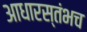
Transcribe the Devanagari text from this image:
आधारस्तंभच